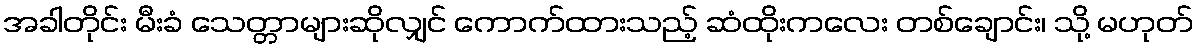
အခါတိုင်း မီးခံ သေတ္တာများဆိုလျှင် ကောက်ထားသည့် ဆံထိုးကလေး တစ်ချောင်း၊ သို့ မဟုတ်